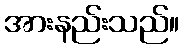
အားနည်းသည်။